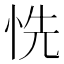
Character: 𢙝